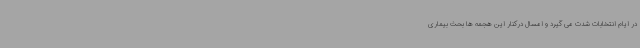
در ایام انتخابات شدت می گیرد و امسال درکنار این هجمه ها بحث بیماری